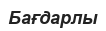
Бағдарлы